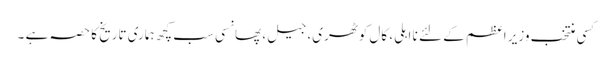
کسی منتخب وزیر اعظم کے لئے نا اہلی، کال کوٹھری، جیل، پھانسی سب کچھ ہماری تاریخ کا حصہ ہے ۔